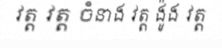
វត្ត វត្ត ចំនាង វត្ត ង៉ូង វត្ត